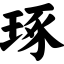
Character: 琢